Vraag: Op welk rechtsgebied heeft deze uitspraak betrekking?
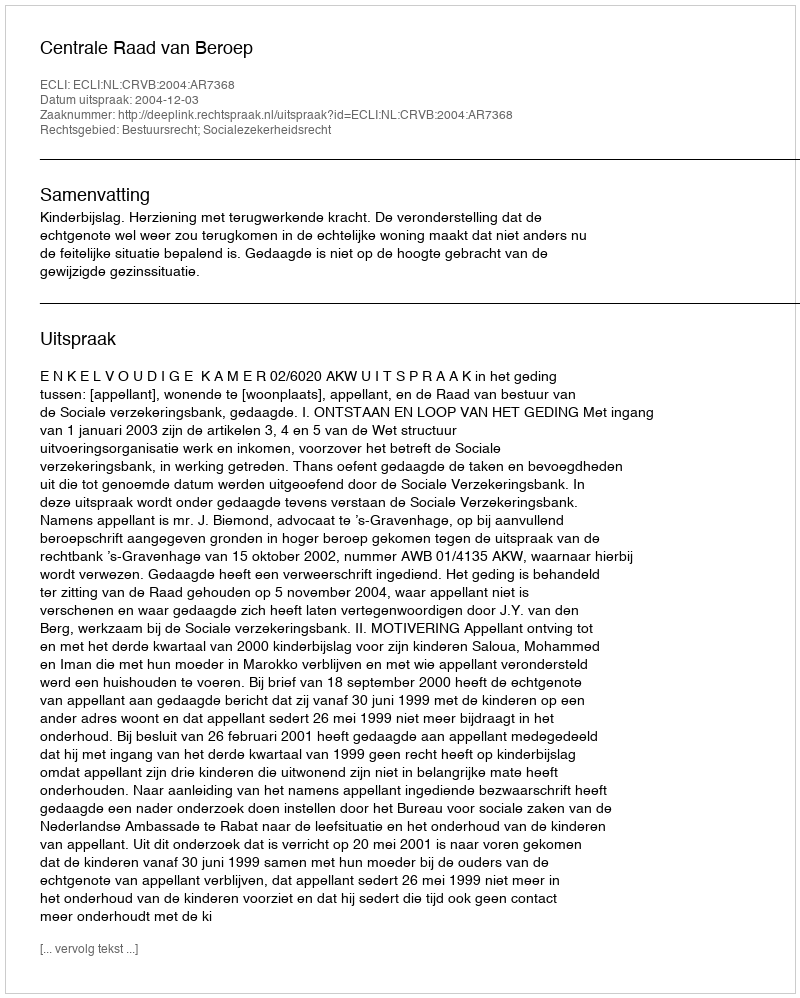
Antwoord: Bestuursrecht; Socialezekerheidsrecht